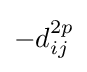
{\textstyle -d_{ij}^{2p}}